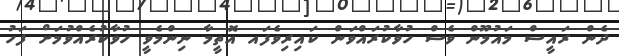
ދެން ރައީސް މައުމޫން ވެސް ހުވާކުރައްވަން ކައިރިވެފައ އޮތީމާ ނިންމެވީ ހުވާކުރެއްވުމަށް ފަހު